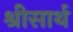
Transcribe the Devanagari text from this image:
श्रीसार्थ